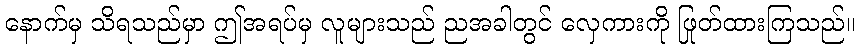
နောက်မှ သိရသည်မှာ ဤအရပ်မှ လူများသည် ညအခါတွင် လှေကားကို ဖြုတ်ထားကြသည်။